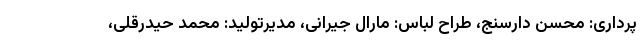
پرداری: محسن دارسنج، طراح لباس: مارال جیرانی، مدیرتولید: محمد حیدرقلی،